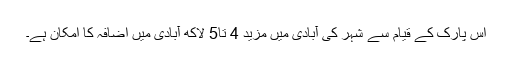
اس پارک کے قیام سے شہر کی آبادی میں مزید 4 تا5 لاکھ آبادی میں اضافہ کا امکان ہے۔